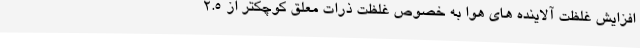
افزایش غلظت آلاینده های هوا به خصوص غلظت ذرات معلق کوچکتر از 2.5